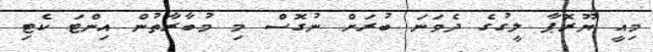
މިއީ ޔޫރޮޕާ ލީގުގެ ދެވަނަ ބުރަށް ނުގޮސް މި މުބާރާތުން އިންޓަ ކެޓި